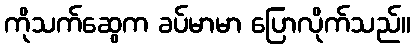
ကိုသက်ဆွေက ခပ်မာမာ ပြောလိုက်သည်။